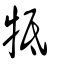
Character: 牴